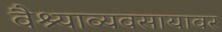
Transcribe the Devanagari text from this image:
वैश्याव्यवसायावर